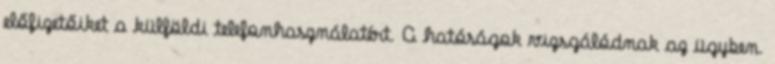
előfizetőiket a külföldi telefonhasználatért. A hatóságok vizsgálódnak az ügyben.